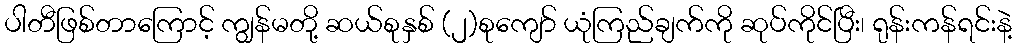
ပါတီဖြစ်တာကြောင့် ကျွန်မတို့ ဆယ်စုနှစ် (၂)စုကျော် ယုံကြည်ချက်ကို ဆုပ်ကိုင်ပြီး၊ ရုန်းကန်ရင်းနဲ့